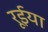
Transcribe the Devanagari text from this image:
रूईया